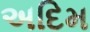
અદિમ